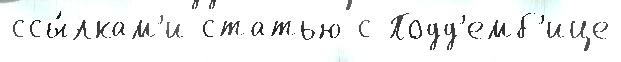
ссы́лкам'и статью с Подд'емб'ице